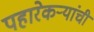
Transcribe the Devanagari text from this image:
पहारेकर्‍यांची